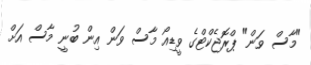
"މާސް ވަން" ޕްރޮޖެކްޓްގެ ވީޑިއޯ މާސް ވަން އިން ބުނީ މާސް އަށް